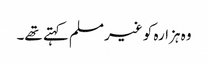
وہ ہزارہ کو غیرمسلم کہتے تھے۔